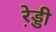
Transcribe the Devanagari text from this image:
रे़ड्डी